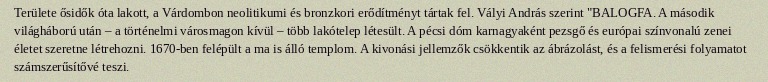
Területe ősidők óta lakott, a Várdombon neolitikumi és bronzkori erődítményt tártak fel. Vályi András szerint "BALOGFA. A második világháború után – a történelmi városmagon kívül – több lakótelep létesült. A pécsi dóm karnagyaként pezsgő és európai színvonalú zenei életet szeretne létrehozni. 1670-ben felépült a ma is álló templom. A kivonási jellemzők csökkentik az ábrázolást, és a felismerési folyamatot számszerűsítővé teszi.